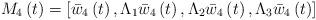
LaTeX: \begin{align*}M_{4}\left( t\right) =\left[ \bar{w}_{4}\left( t\right) ,\Lambda _{1}\bar{w}_{4}\left( t\right) ,\Lambda _{2}\bar{w}_{4}\left( t\right) ,\Lambda _{3}\bar{w}_{4}\left( t\right) \right] \end{align*}